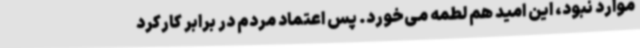
موارد نبود، این امید هم لطمه می‌خورد. پس اعتماد مردم در برابر کارکرد